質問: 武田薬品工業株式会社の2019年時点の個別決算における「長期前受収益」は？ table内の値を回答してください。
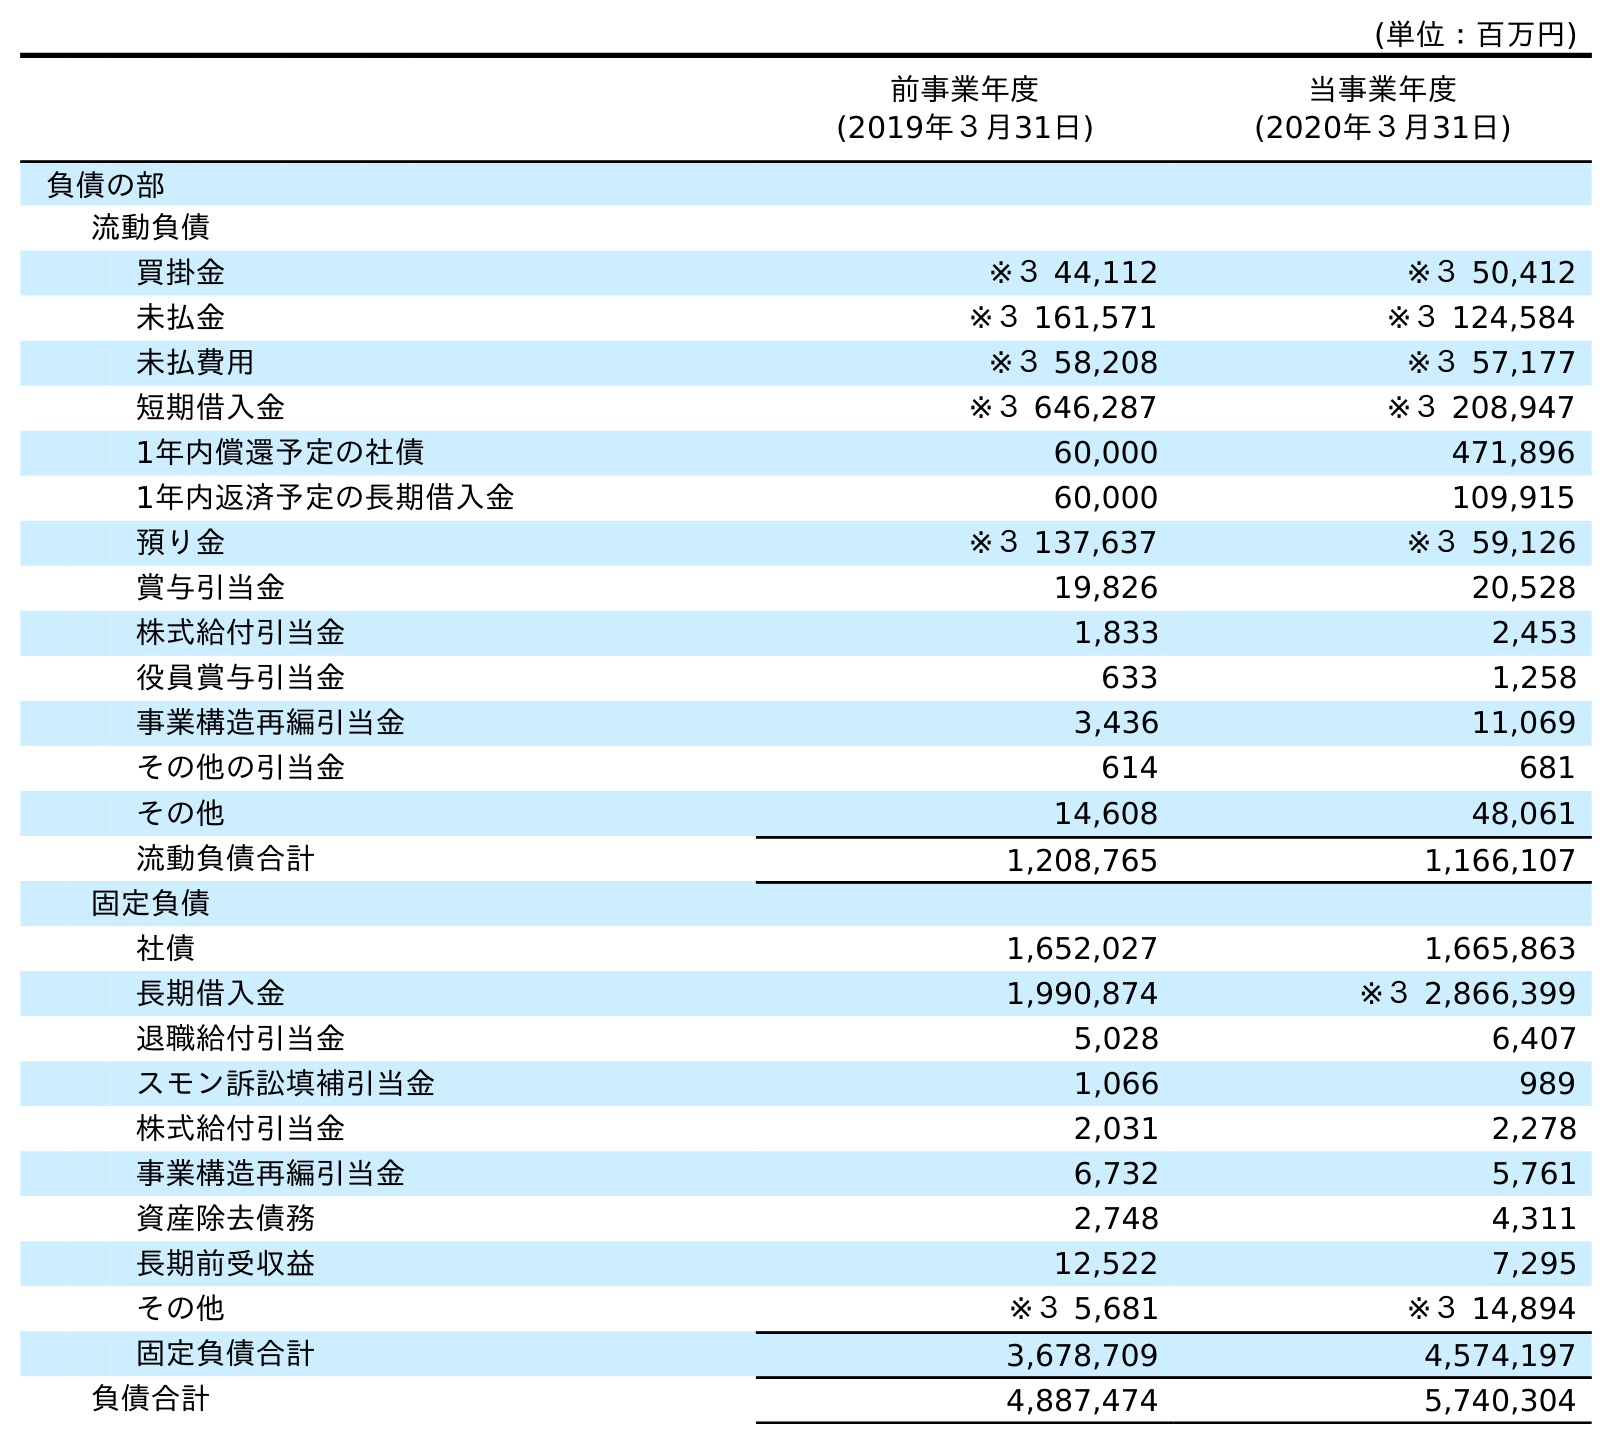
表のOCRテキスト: (単位：百万円) 前事業年度 (2019年３月31日) 当事業年度 (2020年３月31日) 負債の部 流動負債 買掛金 ※３ 44,112 ※３ 50,412 未払金 ※３ 161,571 ※３ 124,584 未払費用 ※３ 58,208 ※３ 57,177 短期借入金 ※３ 646,287 ※３ 208,947 1年内償還予定の社債 60,000 471,896 1年内返済予定の長期借入金 60,000 109,915 預り金 ※３ 137,637 ※３ 59,126 賞与引当金 19,826 20,528 株式給付引当金 1,833 2,453 役員賞与引当金 633 1,258 事業構造再編引当金 3,436 11,069 その他の引当金 614 681 その他 14,608 48,061 流動負債合計 1,208,765 1,166,107 固定負債 社債 1,652,027 1,665,863 長期借入金 1,990,874 ※３ 2,866,399 退職給付引当金 5,028 6,407 スモン訴訟填補引当金 1,066 989 株式給付引当金 2,031 2,278 事業構造再編引当金 6,732 5,761 資産除去債務 2,748 4,311 長期前受収益 12,522 7,295 その他 ※３ 5,681 ※３ 14,894 固定負債合計 3,678,709 4,574,197 負債合計 4,887,474 5,740,304
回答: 12,522